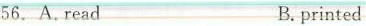
56. A.read B.printed